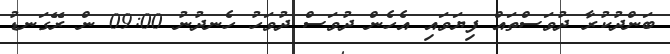
ބަންދުކުރާ ދުވަސްތައް ފިޔަވައި އެހެން ދުވަސް ދުވަހު ހެނދުނު 09:00 ން ރޭގަނޑު